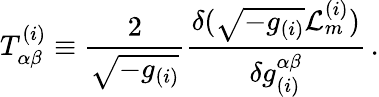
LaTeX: T_{\alpha\beta}^{(i)}\equiv\frac{2}{\sqrt{-g_{(i)}}}\frac{\delta(\sqrt{-g_{(i)}}{\cal L}_{m}^{(i)})}{\delta g_{(i)}^{\alpha\beta}}\, .